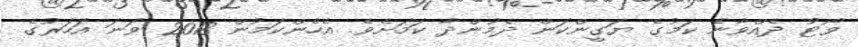
ވޯޓު ދެއްވާނެ ކަމުގެ ޔަގީންކަން ދެމުންދާ ކަމަށެވެ. އެހެންކަމުން 2018 ވަނަ އަހަރުގެ